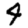
Digit: 4